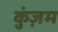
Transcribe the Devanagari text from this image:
कुंज़म